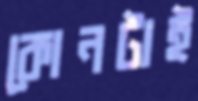
কোনটাই